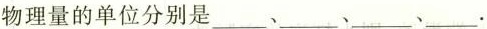
物理量的单位分别是___、___、___、___.